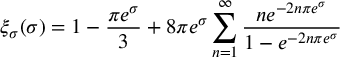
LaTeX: \xi _ { \sigma } ( \sigma ) = 1 - \frac { \pi e ^ { \sigma } } { 3 } + 8 \pi e ^ { \sigma } \sum _ { n = 1 } ^ { \infty } \frac { n e ^ { - 2 n \pi e ^ { \sigma } } } { 1 - e ^ { - 2 n \pi e ^ { \sigma } } }